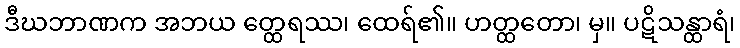
ဒီဃဘာဏက အဘယ တ္ထေရဿ၊ ထေရ်၏။ ဟတ္ထတော၊ မှ။ ပဋိသန္ထာရံ၊